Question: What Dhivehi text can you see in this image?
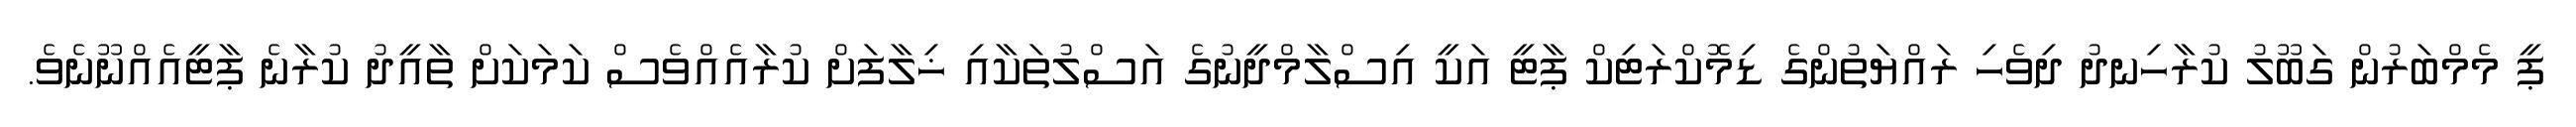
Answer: ޕީ މެމްބަރުން ގަބޫލު ކުރާހިނދު ދިވެހި ރައްޔަތުންގެ ޑިމޮކްރަޓިކް ޕާޓީ އަކީ އިސްލާމްދީނުގެ އަސްލުތަކާއި ޚިލާފަށް ކުރާއެއްވެސް ކަމަކަށް ތާއީދު ކުރާނެ ޕާޓީއެއްނޫނެވެ.